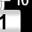
Digit: 1